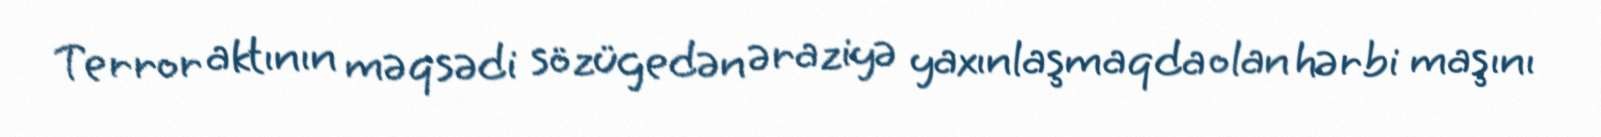
Terror aktının məqsədi sözügedən əraziyə yaxınlaşmaqda olan hərbi maşını